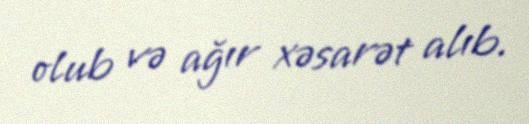
olub və ağır xəsarət alıb.